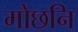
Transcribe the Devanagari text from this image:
मोछनि